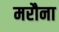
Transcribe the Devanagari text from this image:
मरौना